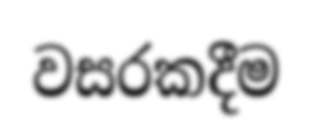
වසරකදීම